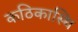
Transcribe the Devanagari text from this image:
कठिकास्थि